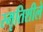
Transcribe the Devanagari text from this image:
स्मृतिशीले